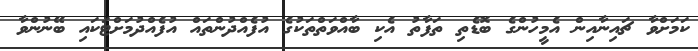
ކަމަށްވާ ޗައިނާއިން އެމީހުންގެ ބޮޑެތި ތަފާތު އެކި ބާއްވަތްތަކުގެ އުފެއްދުންތައް އުފެއްދުމަށްޓަކައި ބޭނުންވާ